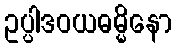
ဥပ္ပါဒဝယဓမ္မိနော